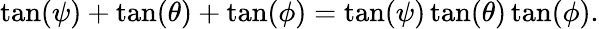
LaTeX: \tan(\psi)+\tan(\theta)+\tan(\phi)=\tan(\psi)\tan(\theta)\tan(\phi).